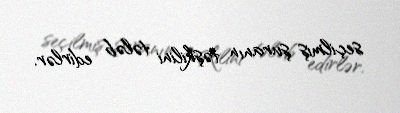
seçilmiş şuranın təşkilini tələb edirlər.